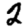
Digit: 2